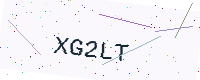
Text: XG2LT